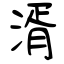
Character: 湑